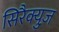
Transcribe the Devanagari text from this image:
सिरैक्युज़